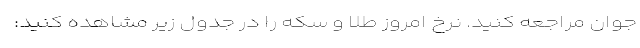
جوان مراجعه کنید. نرخ امروز طلا و سکه را در جدول زیر مشاهده کنید: